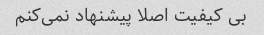
بی کیفیت اصلا پیشنهاد نمی‌کنم